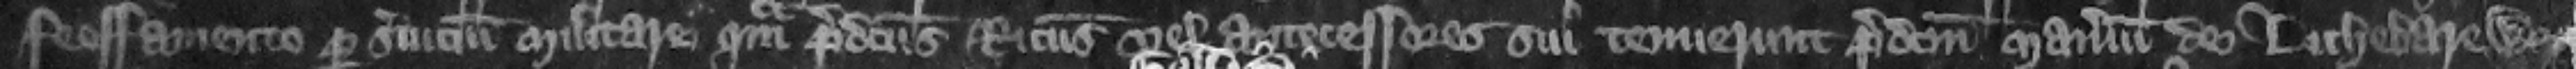
feoffamento per seruicium militare quam predictus Ricardus vel antecessores sui tenuerunt predictum manerium de Lichebarewe